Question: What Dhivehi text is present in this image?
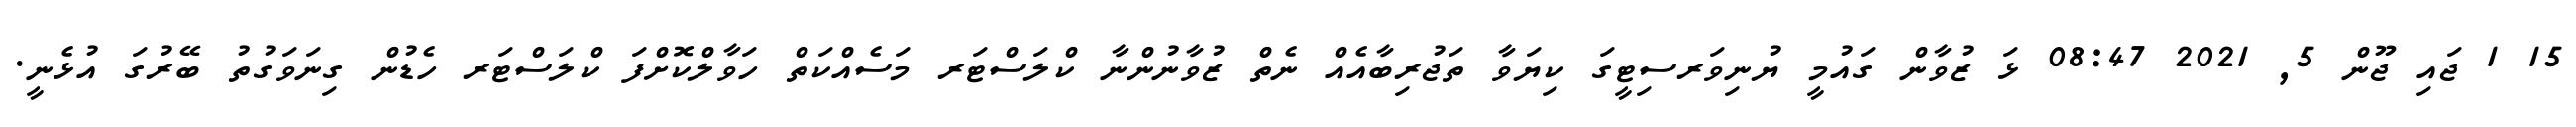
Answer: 15 1 ޖައި ޖޫން 5, 2021 08:47 ޅަ ޒުވާން ގައުމީ ޔުނިވަރސިޓީގަ ކިޔަވާ ތަޖުރިބާއެއް ނެތް ޒުވާނުންނާ ކްލަސްޓަރ މަސެއްކަތް ހަވާލްކޮށްފަ ކްލަސްޓަރ ހެޑުން ގިނަވަގުތު ބޭރުގަ އުޅެނީ.